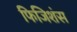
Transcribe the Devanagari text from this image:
फिजिशंस